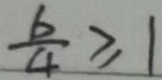
\frac { b } { 4 } \geq 1